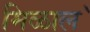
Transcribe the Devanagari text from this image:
मिळाल॓